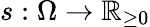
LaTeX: s:\Omega\to{\mathbb{R}_{\geq 0}}